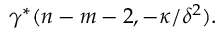
\gamma ^ { * } ( n - m - 2 , - \kappa / { \delta } ^ { 2 } ) .